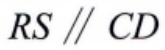
$RS \parallel CD$